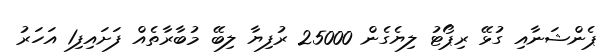
ޕެންޝަނާއި ގުޅޭ ރިޕޯޓު ލިޔެގެން 25000 ރުފިޔާ ލިބޭ މުބާރާތެއް ފަށައިފި1 އަހަރު